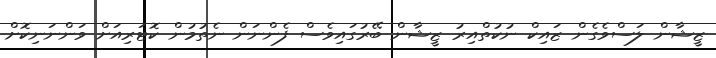
ޒީޝާން ލަސްވެގެން ޒައިކް ނުކުތްއިރު ޒީޝާން ބޭރުގައިވެސް ފެންނަން ނެތުމުން ކޮޓަރިއަށް ވަންނަނިކޮށް